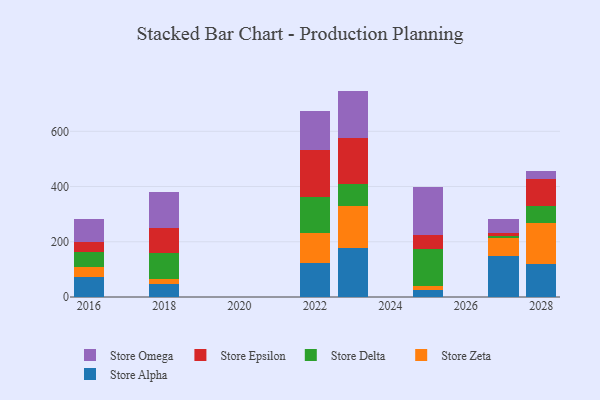
{"axis": {"x": "Year", "y": "Gross Profit (USD K)"}, "legend": ["Store Alpha", "Store Delta", "Store Epsilon", "Store Omega", "Store Zeta"], "data": [{"x": "2025", "y": 25.7, "type": "Store Alpha"}, {"x": "2025", "y": 15.4, "type": "Store Zeta"}, {"x": "2025", "y": 132.8, "type": "Store Delta"}, {"x": "2025", "y": 49.2, "type": "Store Epsilon"}, {"x": "2025", "y": 176.0, "type": "Store Omega"}, {"x": "2023", "y": 176.9, "type": "Store Alpha"}, {"x": "2023", "y": 154.0, "type": "Store Zeta"}, {"x": "2023", "y": 79.1, "type": "Store Delta"}, {"x": "2023", "y": 166.8, "type": "Store Epsilon"}, {"x": "2023", "y": 169.8, "type": "Store Omega"}, {"x": "2028", "y": 118.3, "type": "Store Alpha"}, {"x": "2028", "y": 150.9, "type": "Store Zeta"}, {"x": "2028", "y": 59.7, "type": "Store Delta"}, {"x": "2028", "y": 99.8, "type": "Store Epsilon"}, {"x": "2028", "y": 28.9, "type": "Store Omega"}, {"x": "2022", "y": 122.5, "type": "Store Alpha"}, {"x": "2022", "y": 107.6, "type": "Store Zeta"}, {"x": "2022", "y": 131.2, "type": "Store Delta"}, {"x": "2022", "y": 172.7, "type": "Store Epsilon"}, {"x": "2022", "y": 138.7, "type": "Store Omega"}, {"x": "2027", "y": 147.6, "type": "Store Alpha"}, {"x": "2027", "y": 66.4, "type": "Store Zeta"}, {"x": "2027", "y": 8.2, "type": "Store Delta"}, {"x": "2027", "y": 7.8, "type": "Store Epsilon"}, {"x": "2027", "y": 52.2, "type": "Store Omega"}, {"x": "2016", "y": 73.5, "type": "Store Alpha"}, {"x": "2016", "y": 36.1, "type": "Store Zeta"}, {"x": "2016", "y": 51.6, "type": "Store Delta"}, {"x": "2016", "y": 36.5, "type": "Store Epsilon"}, {"x": "2016", "y": 84.0, "type": "Store Omega"}, {"x": "2018", "y": 47.0, "type": "Store Alpha"}, {"x": "2018", "y": 19.7, "type": "Store Zeta"}, {"x": "2018", "y": 91.3, "type": "Store Delta"}, {"x": "2018", "y": 90.2, "type": "Store Epsilon"}, {"x": "2018", "y": 133.3, "type": "Store Omega"}]}